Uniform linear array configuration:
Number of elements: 16
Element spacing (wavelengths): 0.25
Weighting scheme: binomial
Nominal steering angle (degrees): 45
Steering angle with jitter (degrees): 44.612
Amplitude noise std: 0.05
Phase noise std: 0.05

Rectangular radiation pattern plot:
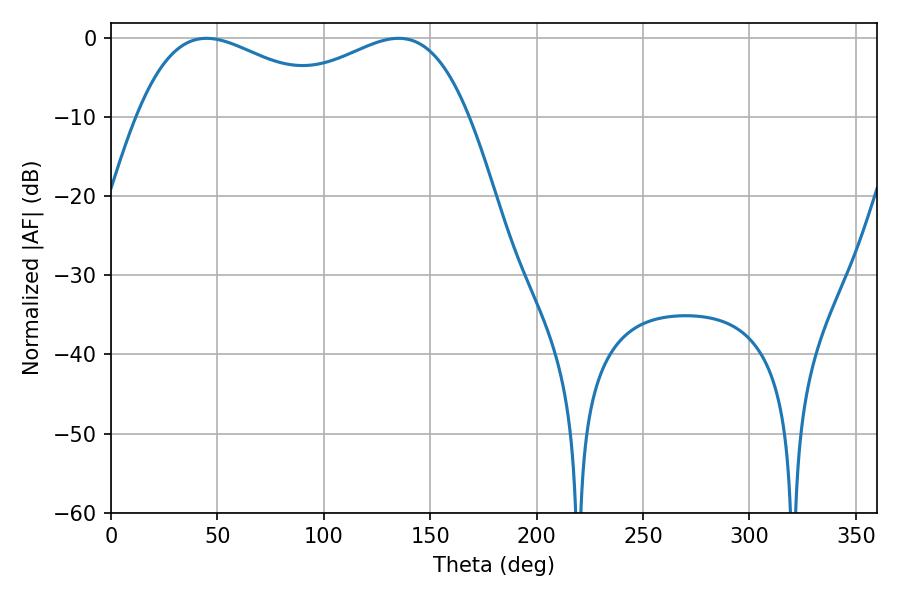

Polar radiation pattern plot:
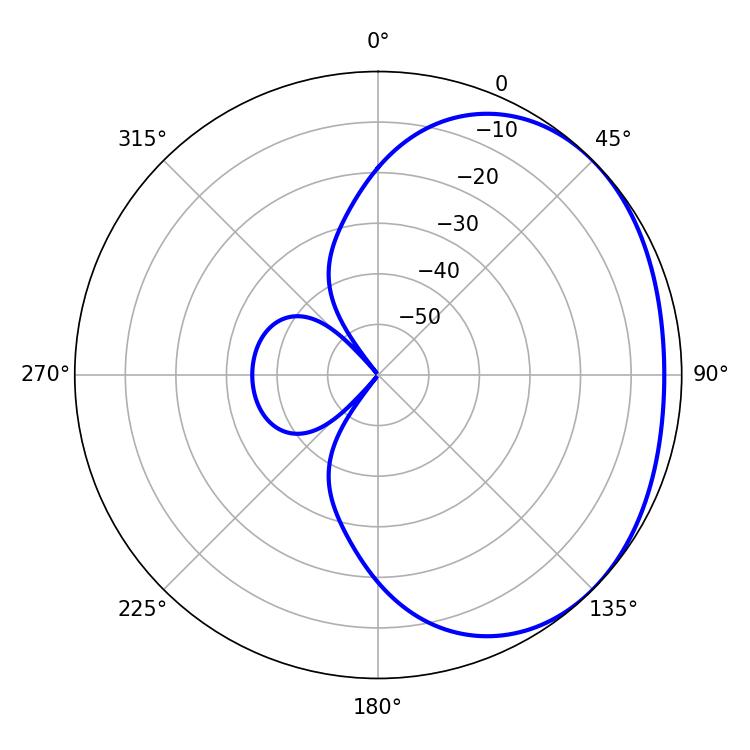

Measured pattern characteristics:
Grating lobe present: FALSE
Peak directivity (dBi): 1.804
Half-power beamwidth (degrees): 53.1
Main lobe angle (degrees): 44.82